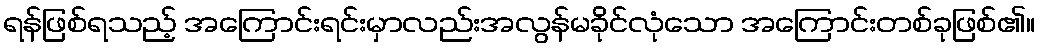
ရန်ဖြစ်ရသည့် အကြောင်းရင်းမှာလည်းအလွန်မခိုင်လုံသော အကြောင်းတစ်ခုဖြစ်၏။